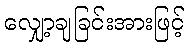
လျှော့ချခြင်းအားဖြင့်